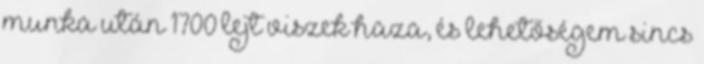
munka után 1700 lejt viszek haza, és lehetőségem sincs